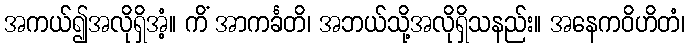
အကယ်၍အလိုရှိအံ့။ ကိံ အာကင်္ခတိ၊ အဘယ်သို့အလိုရှိသနည်း။ အနေကဝိဟိတံ၊